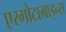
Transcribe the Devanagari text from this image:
एरगोटामाइन्स